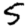
Digit: 5